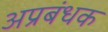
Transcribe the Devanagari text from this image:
अप्रबंधक